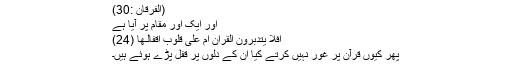
(الفرقان :30)
اور ایک اور مقام پر آیا ہے
اَفَلَا يَتَدَبَّرُوْنَ الْقُرْاٰنَ اَمْ عَلٰى قُلُوْبٍ اَقْفَالُـهَا (24)
پھر کیوں قرآن پر غور نہیں کرتے کیا ان کے دلوں پر قفل پڑے ہوئے ہیں۔